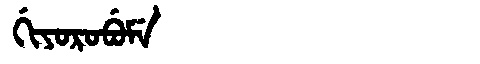
Manchu: ᡤᡳᠶᠣᡵᠣᠪᡠᠮᡝ
Romanization: GIYOROBUME